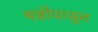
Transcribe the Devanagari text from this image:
षष्ठीपासून